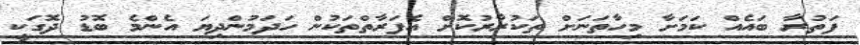
ފަތުރާ ބައެއް ކަމަށާ މިހާތަނަށް ތަކުރާރުކޮށް އެފަރާތްތަކުން ހަދަމުންދިޔަ އެންމެ ބޮޑު ދޮގަކީ